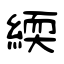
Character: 緛